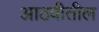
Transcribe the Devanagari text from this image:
आठवीतील